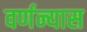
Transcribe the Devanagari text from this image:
वर्णन्यास